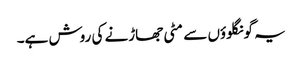
یہ گونگلوؤں سے مٹی جھاڑنے کی روش ہے۔